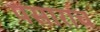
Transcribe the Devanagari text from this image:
पसाराच